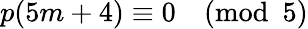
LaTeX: p(5m+4)\equiv 0{\pmod{5}}